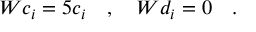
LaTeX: W c _ { i } = 5 c _ { i } \quad , \quad W d _ { i } = 0 \quad .